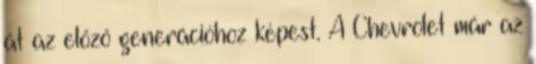
át az előző generációhoz képest. A Chevrolet már az